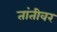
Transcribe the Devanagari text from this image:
तांतीवर